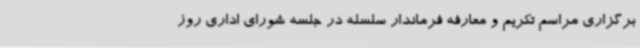
برگزاری مراسم تکریم و معارفه فرماندار سلسله در جلسه شورای اداری روز